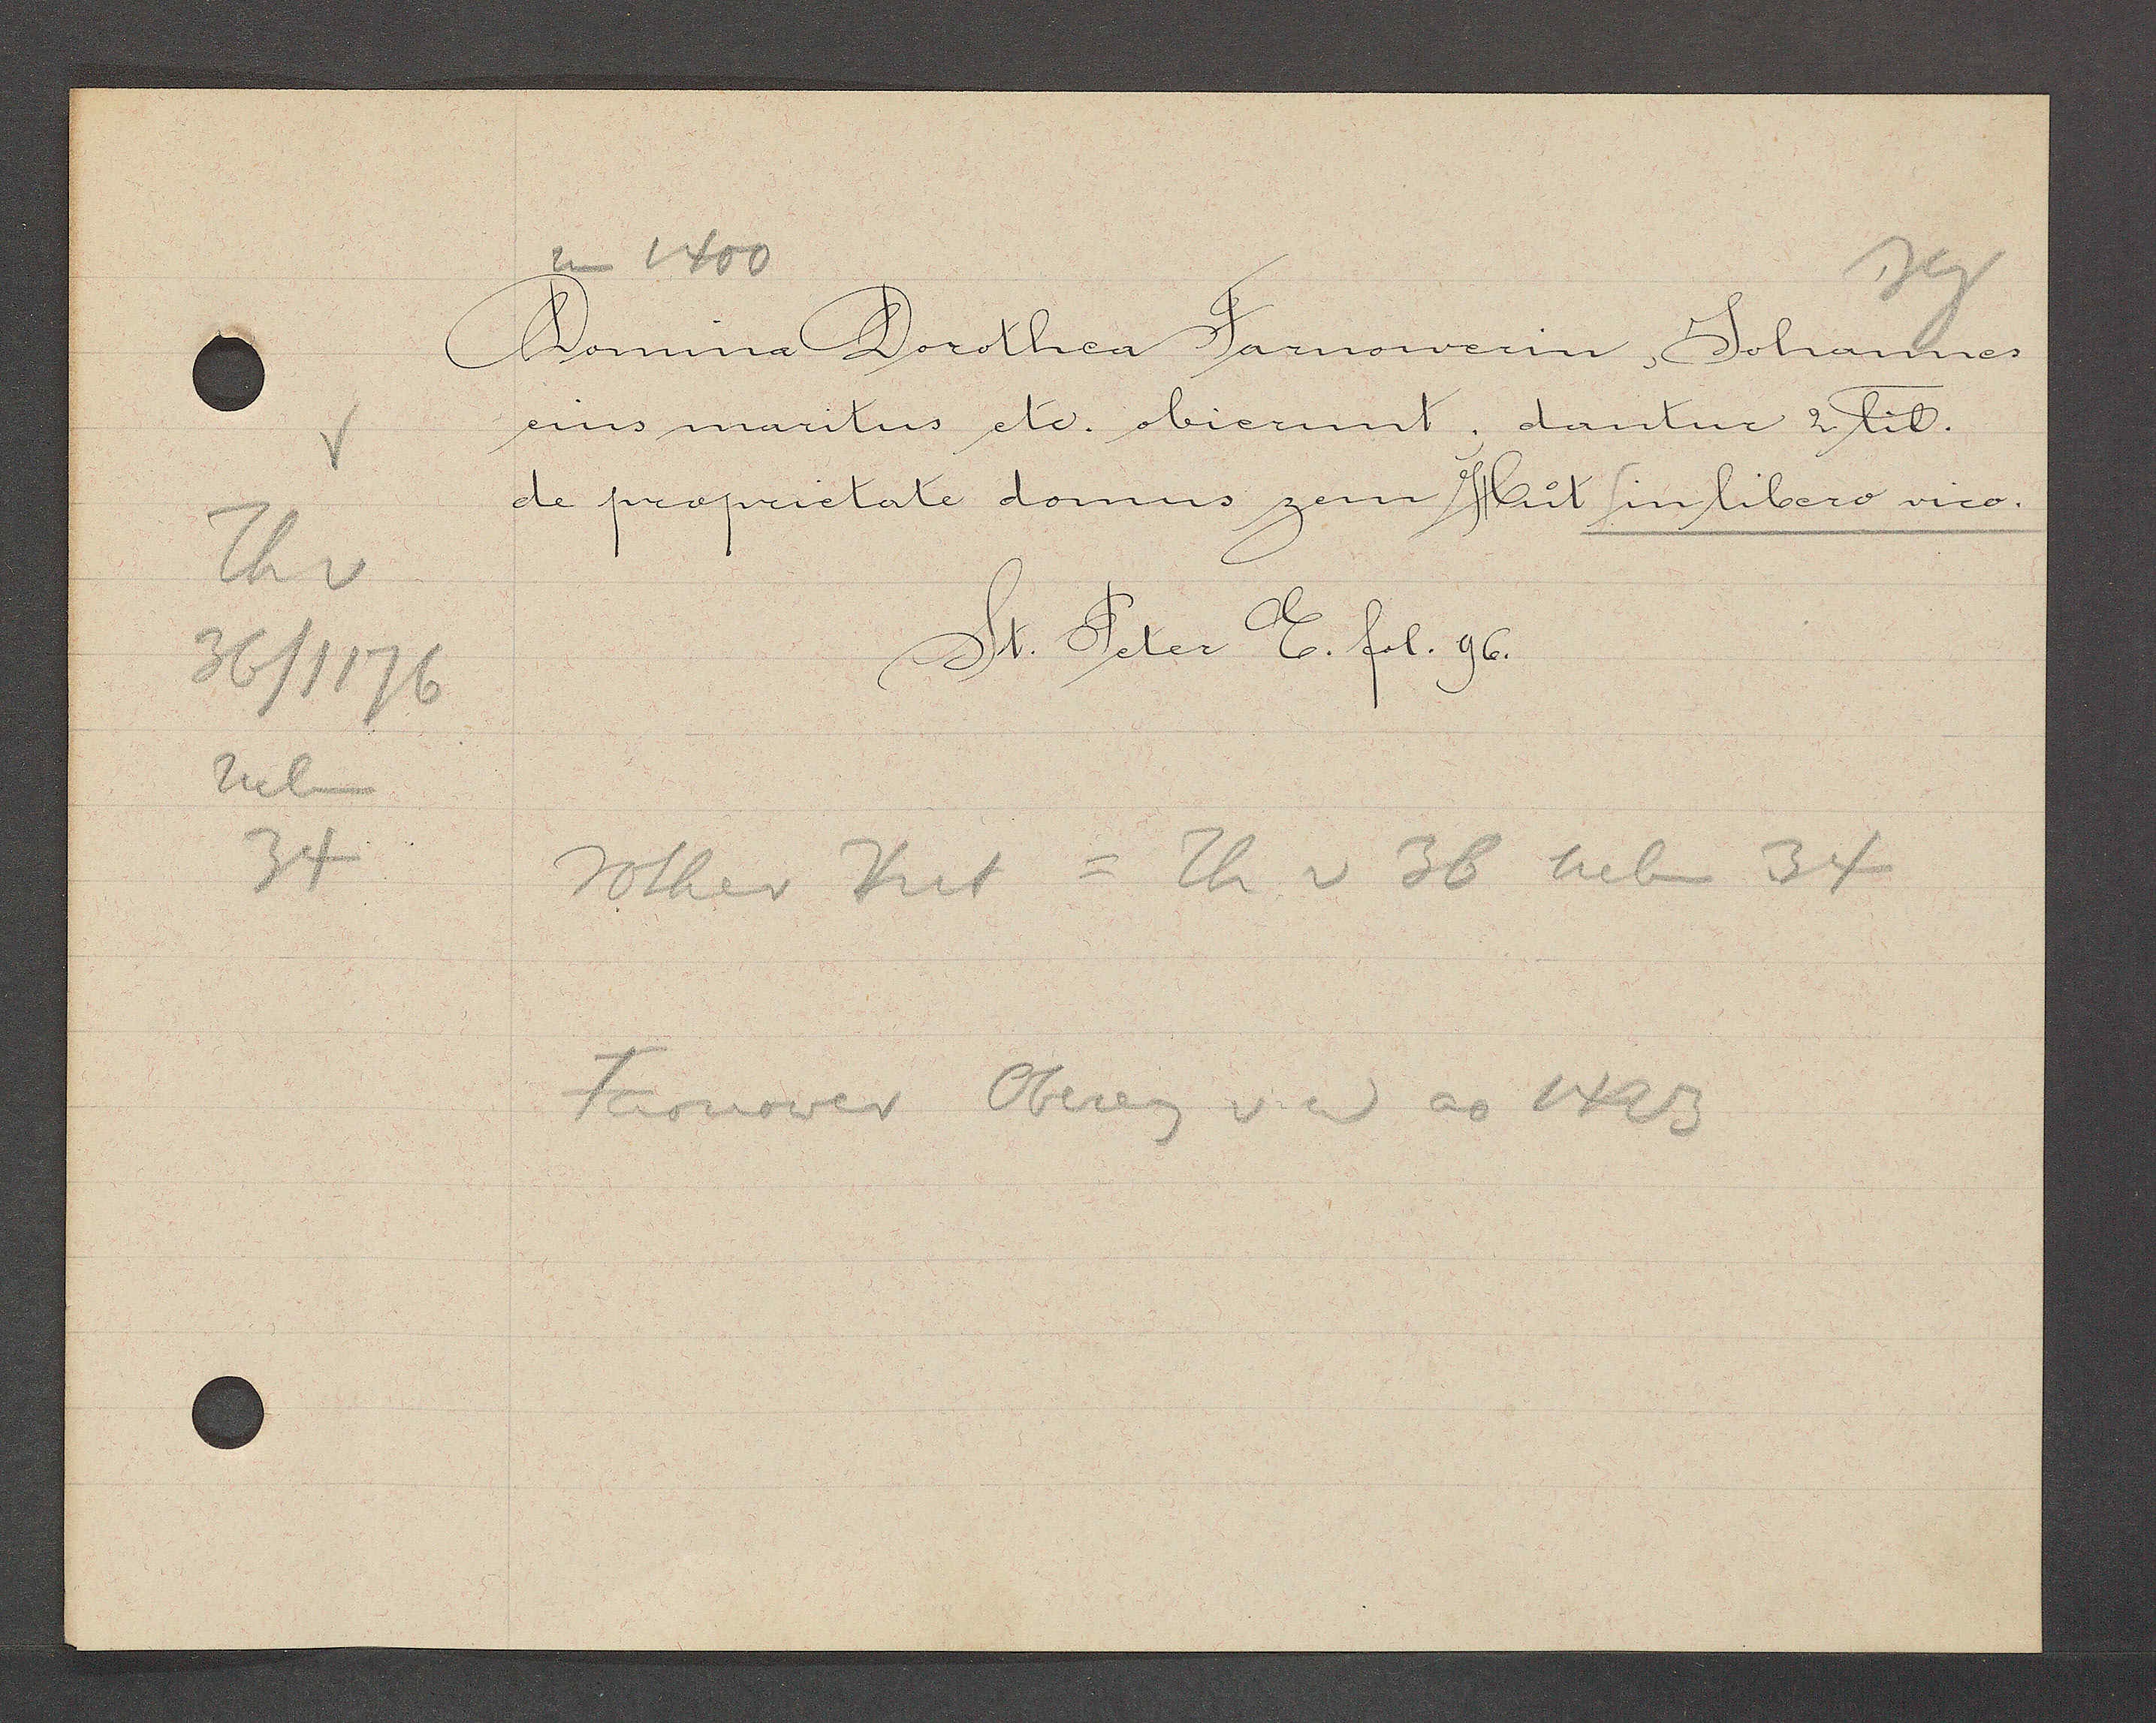
Transcript:
Th v
36/1176
neben
34

1400

Domina Dorothea Farnowerin Johannes
eius maritus etc. obierunt dantur 2 lib.
de proprietate domus zem Hut in libero vico
St. Peter E. fol. 96.

rothes Hus = Th v 36 neben 34
Farnower Obereig v id ao 1423